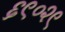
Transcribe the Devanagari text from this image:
६९०२९